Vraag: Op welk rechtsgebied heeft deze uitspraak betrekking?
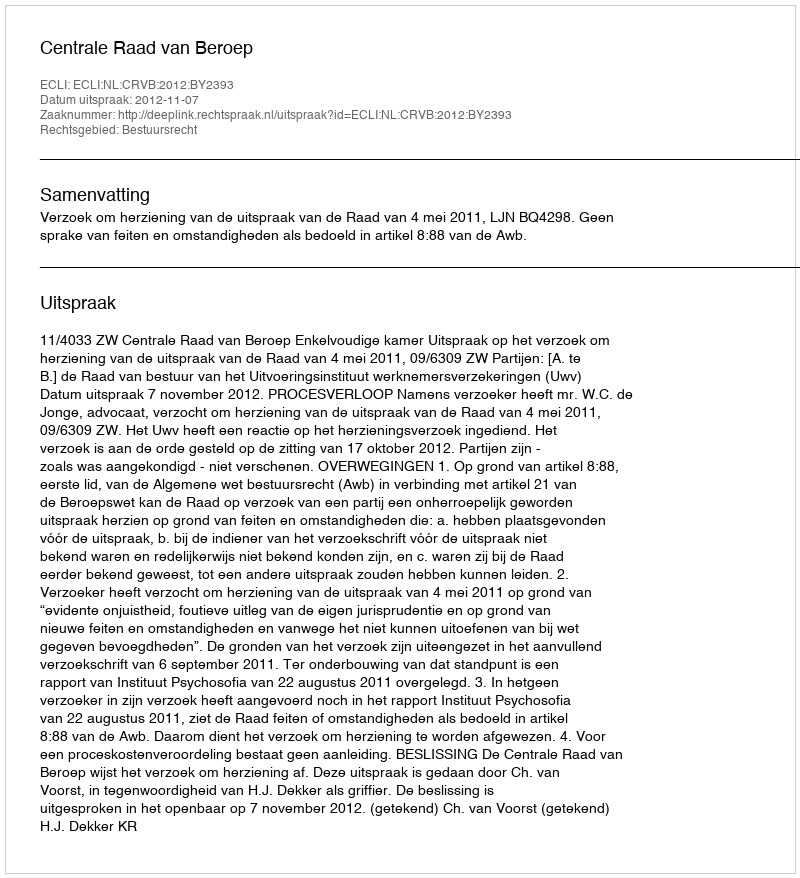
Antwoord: Bestuursrecht